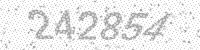
Solution: 242854